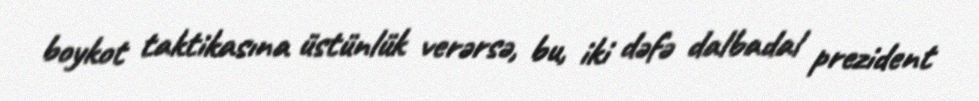
boykot taktikasına üstünlük verərsə, bu, iki dəfə dalbadal prezident